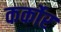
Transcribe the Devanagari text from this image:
कर्कोर